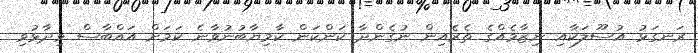
ރަނގަޅު އުސޫލަކާއި ނިޒާމެއްގެ ތެރެއިން ނުގެންދާ ކަންކަން ކާމިޔާބުނުވާނެ ކަމަށް އައްބާސް ވިދާޅުވި